Civil Veterinary Dept. Bombay admin report 1900-1906 - 1900-1906
Year: 1900
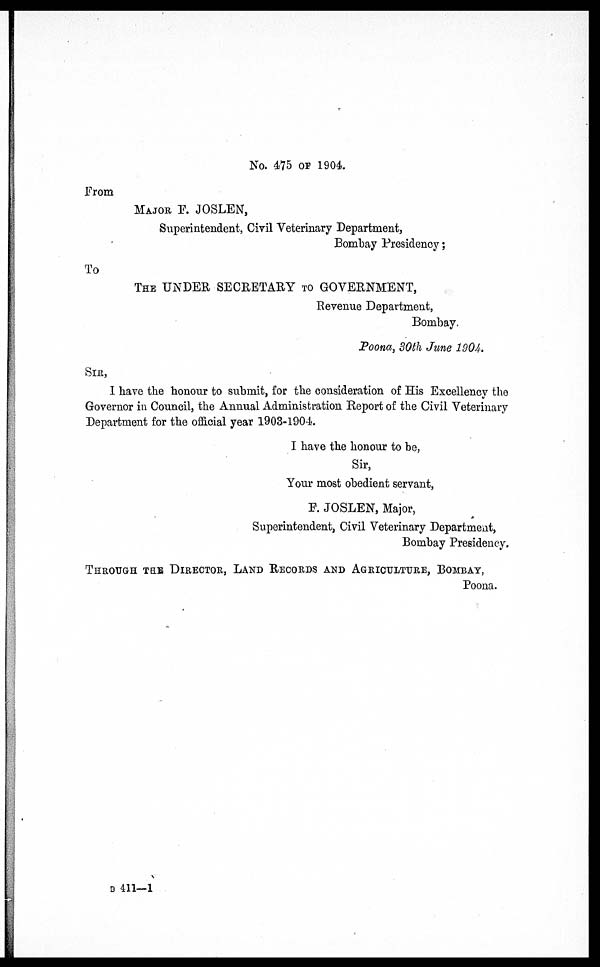
No. 475 OF 1904
From
MAJOR E. JOSLEN,
Superintendent, Civil Veterinary Department,
Bombay Presidency ;
To
THE UNDER SECRETARY TO GOVERNMENT,
Revenue Department,
Bombay
Poona, 30th June 1904.
SIR,
I have the honour to submit, for the consideration of His Excellency the
Governor in Council, the Annual Administration Report of the Civil Veterinary
Department for the official year 1903-1904.
I have the honour to be,
Sir,
Your most obedient servant,
E. JOSLEN, Major,
Superintendent, Civil Veterinary Department,
Bombay Presidency.
THROUGH THE DIRECTOR, LAND RECORDS AND AGRICULTURE, BOMBAY,
Poona.
B 411—1